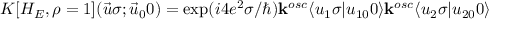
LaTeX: K [ H _ { E } , \rho = 1 ] ( \vec { u } \sigma ; \vec { u } _ { 0 } 0 ) = \exp ( i 4 e ^ { 2 } \sigma / \hbar ) { \bf k } ^ { o s c } \langle u _ { 1 } \sigma \vert u _ { 1 0 } 0 \rangle { \bf k } ^ { o s c } \langle u _ { 2 } \sigma \vert u _ { 2 0 } 0 \rangle